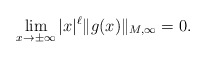
\begin{align*}\lim_{x \to \pm \infty} |x|^\ell \|g(x)\|_{M,\infty} =0.\end{align*}